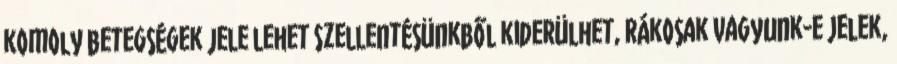
komoly betegségek jele lehet Szellentésünkből kiderülhet, rákosak vagyunk-e Jelek,